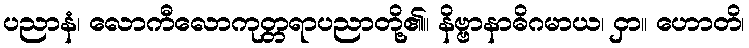
ပညာနံ၊ လောကီလောကုတ္တရာပညာတို့၏။ နိဗ္ဗာနာဓိဂမာယ၊ ငှာ။ ဟောတိ၊